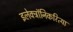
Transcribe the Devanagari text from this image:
इलेक्ट्रॉनिकरित्या